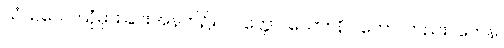
သံသယေ၊ ယုံမှားခြင်းအနက်၌။ ပဝတ္တော၊ သော။ နိပါတော၊ တည်း။ တေန၊